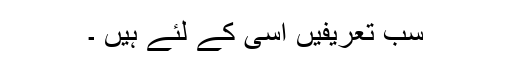
سب تعریفیں اسی کے لئے ہیں ۔